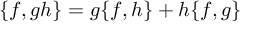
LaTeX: \{ f , g h \} = g \{ f , h \} + h \{ f , g \}